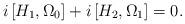
LaTeX: \begin{align*}i\left[ H_1,\Omega_0\right]+i\left[ H_2,\Omega_1\right] =0.\end{align*}